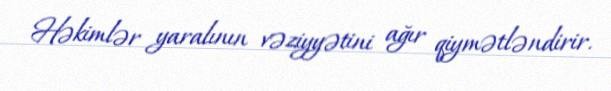
Həkimlər yaralının vəziyyətini ağır qiymətləndirir.